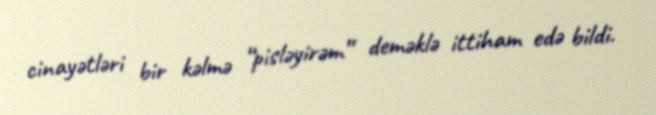
cinayətləri bir kəlmə “pisləyirəm” deməklə ittiham edə bildi.